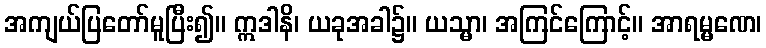
အကျယ်ပြတော်မူပြီး၍။ ဣဒါနိ၊ ယခုအခါ၌။ ယသ္မာ၊ အကြင်ကြောင့်။ အာရမ္မဏေ၊